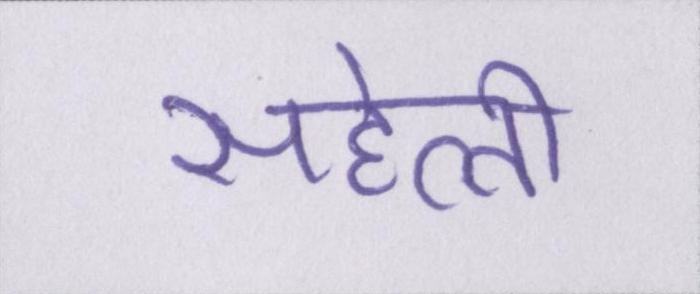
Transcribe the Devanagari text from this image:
सहेली